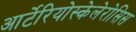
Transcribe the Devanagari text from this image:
आर्टेरियोस्केलेरोसिस